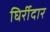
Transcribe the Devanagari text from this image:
घिर्रीदार